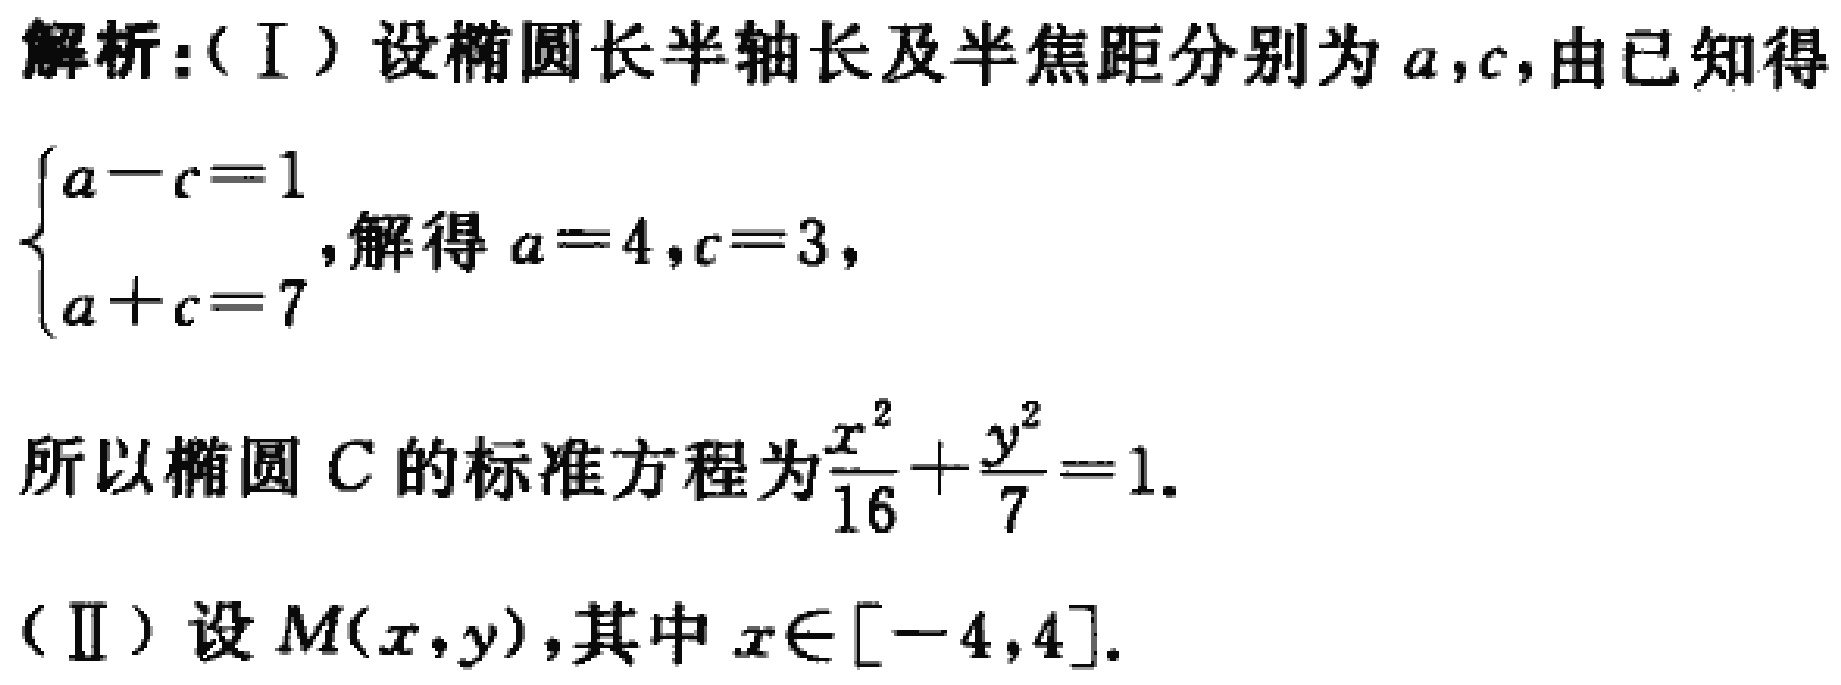
解析：（I）设椭圆长半轴长及半焦距分别为\(a,c\)，由已知得
\(\begin{cases}
a - c = 1 \\
a + c = 7
\end{cases}\)，解得\(a = 4,c = 3\)，
所以椭圆\(C\)的标准方程为\(\frac{x^{2}}{16}+\frac{y^{2}}{7}=1\)。

（II）设\(M(x,y)\)，其中\(x\in[-4,4]\)。